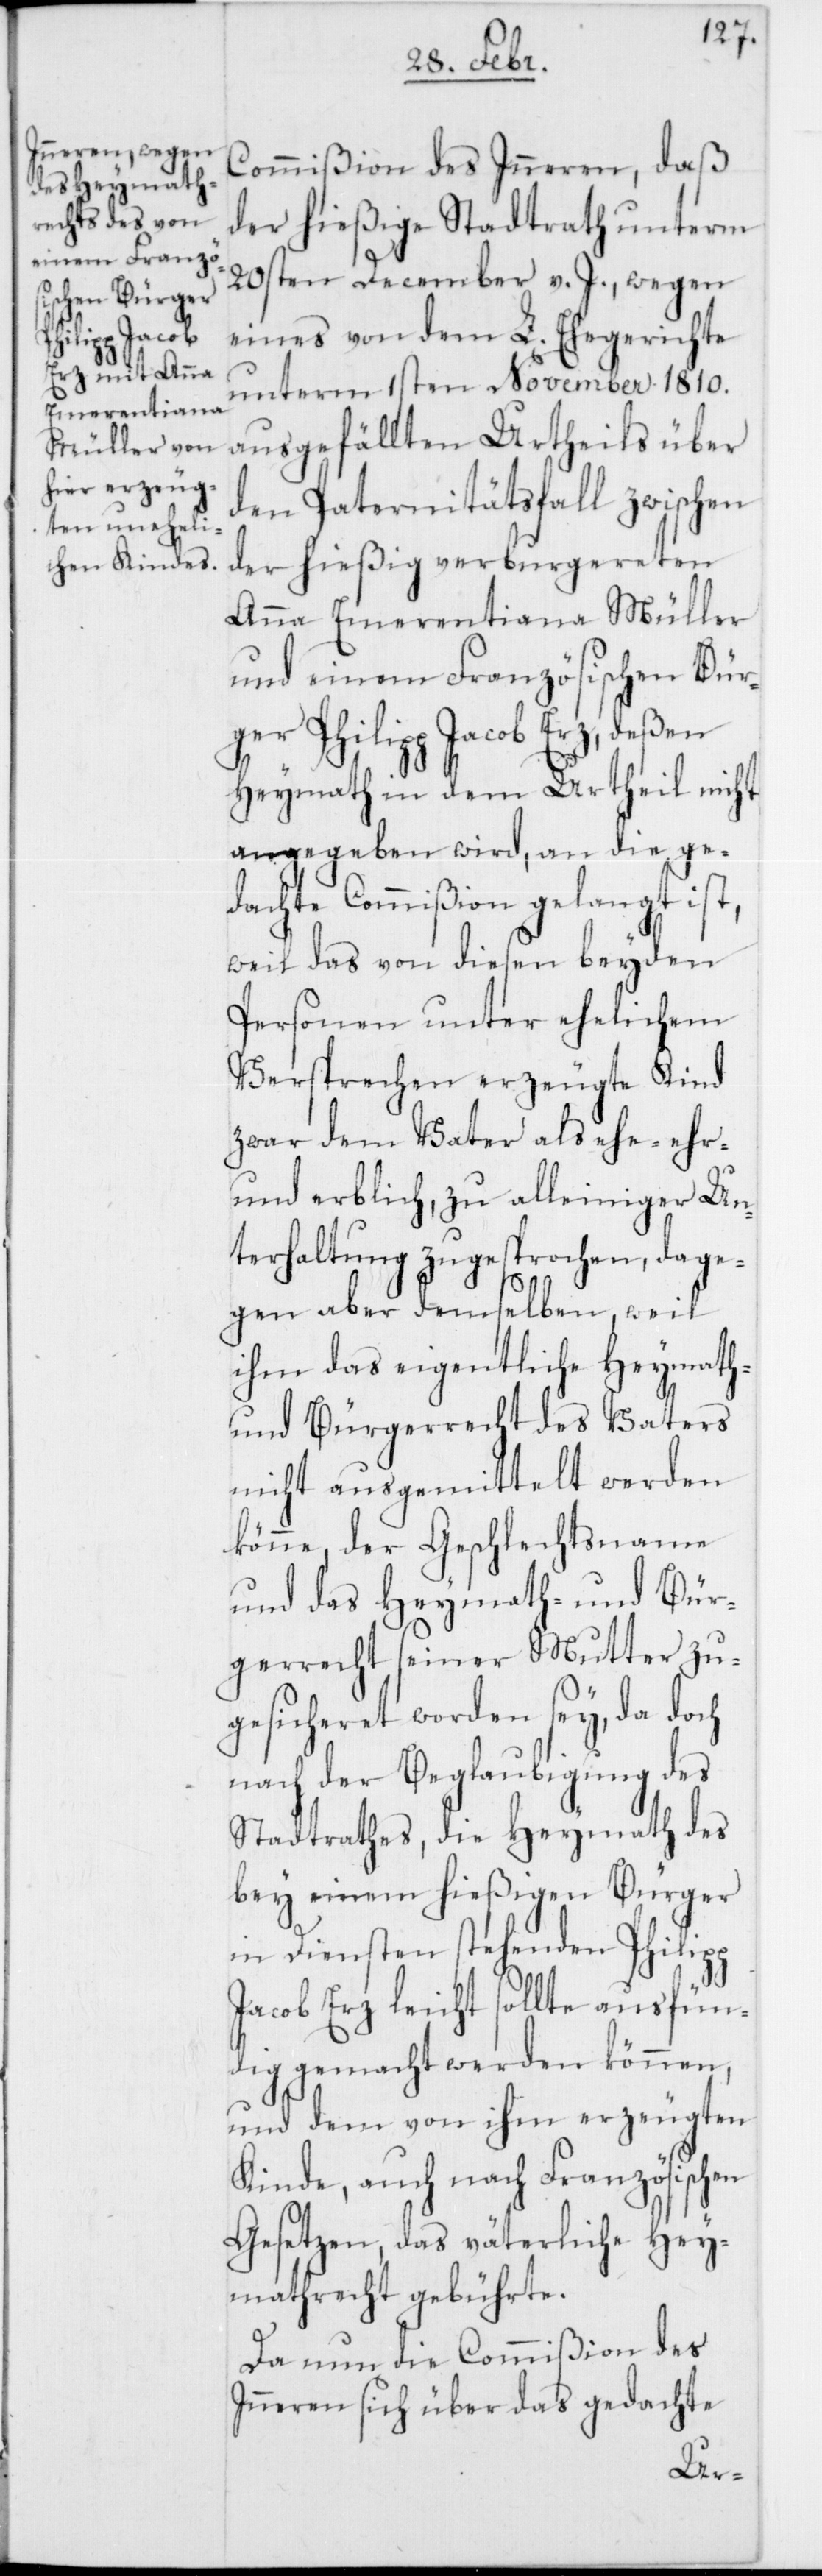
Commißion des Inneren, daß
der hießige Stadtrath unterm
20sten December v. J., wegen
eines von dem L. Ehegerichte
unterm 1sten November 1810.
ausgefällten Urtheils über
den Paternitätsfall zwischen
der hießig verburgereten
Anna Emerentiana Müller
und einem Französischen Bür¬
ger Philipp Jacob Erz, deßen
Heymath in dem Urtheil nicht
angegeben wird, an die ge¬
dachte Commißion gelangt ist,
weil das von diesen beyden
Personen unter ehelichem
Versprechen erzeugte Kind
zwar dem Vater als ehe-[,]
und erblich, zu alleiniger Un¬
terhaltung zugesprochen, dage¬
gen aber demselben, weil
ihm das eigentliche Heymath-
und Bürgerrecht des Vaters
nicht ausgemittelt werden
könne, der Geschlechtsname
und das Heymath- und Bür¬
gerrecht seiner Mutter zu¬
gesicheret worden sey, da doch
nach der Beglaubigung des
Stadtrathes, die Heymath des
bey einem hießigen Bürger
in Diensten stehenden Philipp
Jacob Erz leicht sollte ausfün¬
dig gemacht werden können,
und dem von ihm erzeugten
Kinde, auch nach Französischen
Gesetzen, das väterliche Hey¬
mathrecht gebührte.
Da nun die Commißion des
Inneren sich über das gedachte